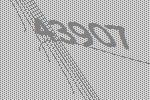
43907